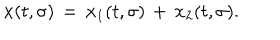
{ \bf x } ( t , \sigma ) \, = \, { \bf x } _ { 1 } ( t , \sigma ) \, + \, { \bf x } _ { 2 } ( t , \sigma ) .